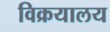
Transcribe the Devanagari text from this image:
विक्रयालय